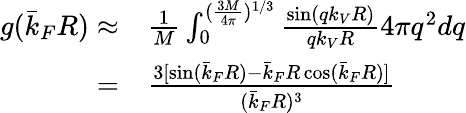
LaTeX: \begin{array}{rl}{g(\bar{k}_{F}R)\approx}&{\frac{1}{M}\int_{0}^{(\frac{3M}{4\pi})^{1/3}}\frac{\sin(qk_{V}R)}{qk_{V}R}4\pi q^{2}dq}\\ {=}&{\frac{3[\sin(\bar{k}_{F}R)-\bar{k}_{F}R\cos(\bar{k}_{F}R)]}{(\bar{k}_{F}R)^{3}}}\end{array}